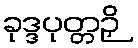
ခုဒ္ဒပုတ္တဉှိ